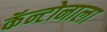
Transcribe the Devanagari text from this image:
कॅन्टोनाला